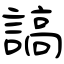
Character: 謞